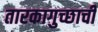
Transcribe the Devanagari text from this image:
तारकागुच्छाची